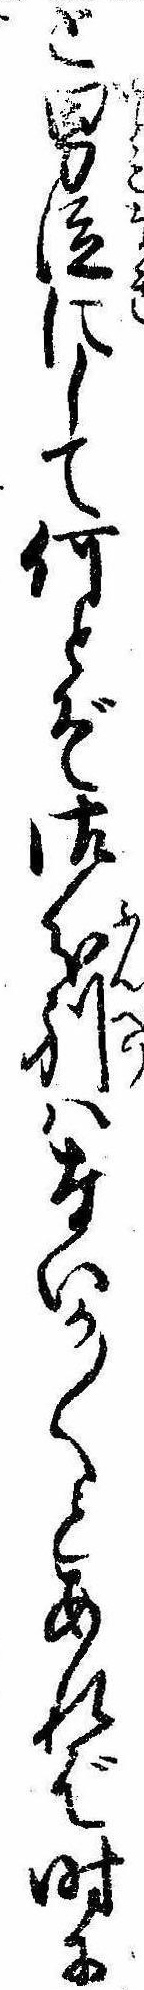
と男泣にして何とぞ御分別はないか〱とあれば時に